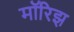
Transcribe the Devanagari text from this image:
मॉरिझ